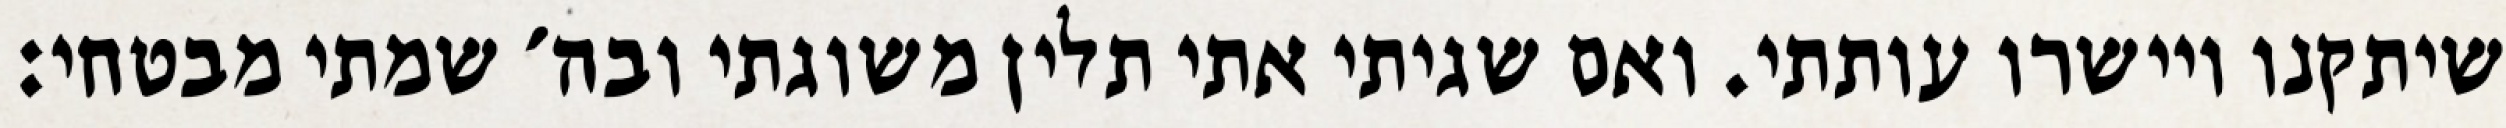
שיתקנו ויישרו עותתי. ואם שגיתי אתי תלין משוגתי ובה׳ שמתי מבטחי: